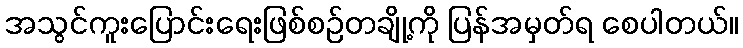
အသွင်ကူးပြောင်းရေးဖြစ်စဉ်တချို့ကို ပြန်အမှတ်ရ စေပါတယ်။